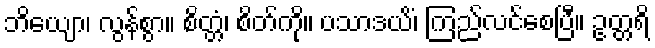
ဘိယျော၊ လွန်စွာ။ စိတ္တံ၊ စိတ်ကို။ ပသာဒယိံ၊ ကြည်လင်စေပြီ။ ဥတ္တရိ